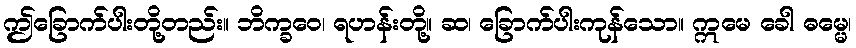
ဤခြောက်ပါးတို့တည်း။ ဘိက္ခဝေ၊ ရဟန်းတို့။ ဆ၊ ခြောက်ပါးကုန်သော။ ဣမေ ခေါ ဓမ္မေ၊